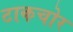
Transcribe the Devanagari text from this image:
टाकचोर